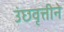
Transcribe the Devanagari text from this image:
उंछवृत्तीने